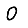
Digit: 0